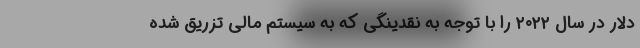
دلار در سال ۲۰۲۲ را با توجه به نقدینگی که به سیستم مالی تزریق شده